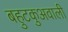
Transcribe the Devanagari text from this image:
बहुटकुअवाली